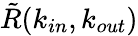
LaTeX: \tilde{R}(k_{in},k_{out})